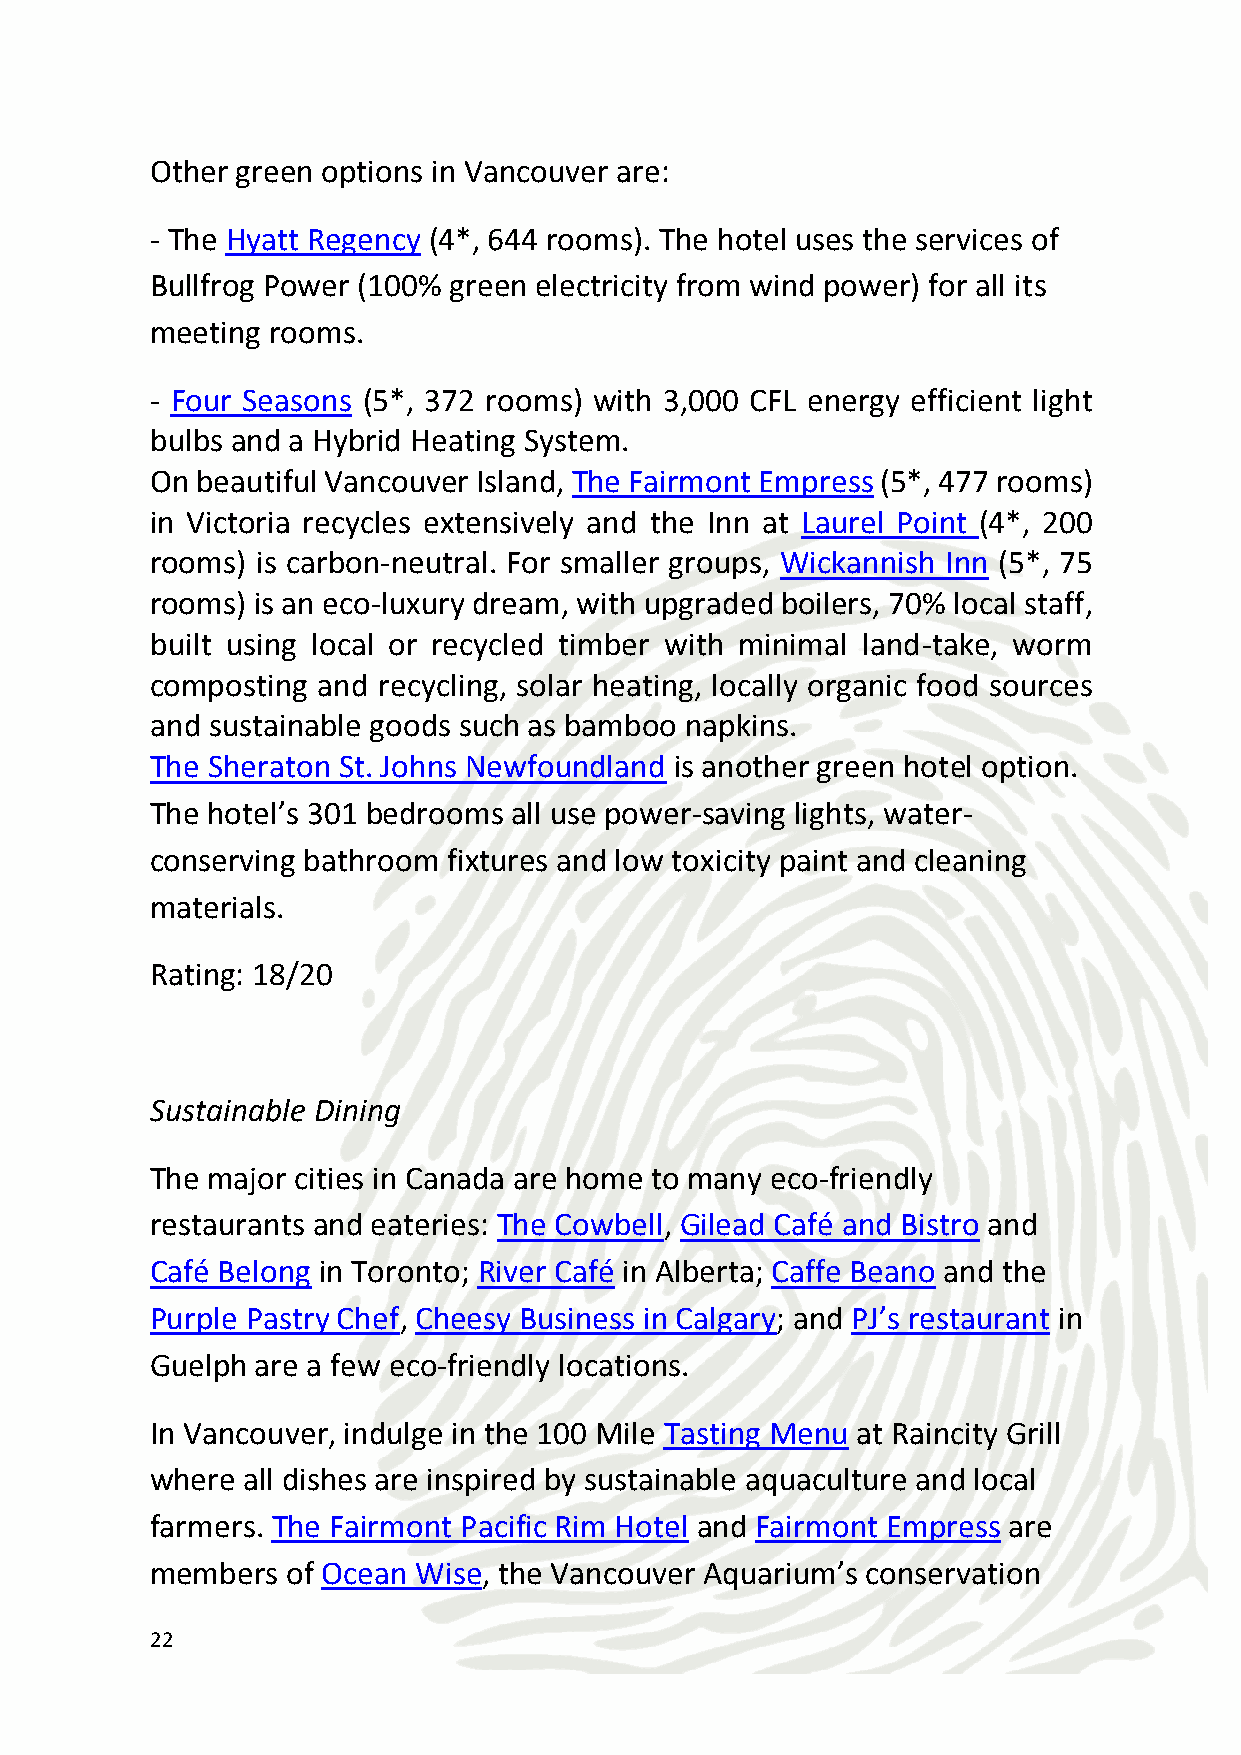
program created to educate and empower consumers about the
 issues surrounding sustainable seafood. Wherever possible, the
 hotel serves Ocean Wise seafood. The Fairmont Pacific Rim is also
 committed to purchasing local, organic, Fair Trade and sustainable
 food products wherever possible, including utilizing organic or
 biodynamic wines, local purveyors and on-site herb gardens. The
 hotel’s culinary operation operates a ‘fully scratch’ kitchen
 committed to creating everything in-house.
 The Four Seasons Vancouver has been certified by Green Table, and
 has excellent organic, sustainable cuisine.
 Aside from incorporating local farmers menus, The Whistler
 Conference Centre does not used bottled water in any of its set ups
 and only upon request by its clients. In addition, all conference
 materials are electronic; all preconference meetings take place on
 laptops – no binders, conference packages, thus resulting in a 25%
 reduction in paper consumption.
 Rating 17/20
 Green Meeting Facilities
 Award-winning green meeting facilities are also available in Canada.
 Vancouver’s Convention & Exhibition Centre is an industry leader in
 environmental sustainability; from design stages through to using the
 latest green technologies and the adoption of extensive green
 practices, such as a six acre ‘living roof’, purchasing green power
 from renewable sources, seawater heating and cooling, local
 sustainable wood products used throughout and extensive recycling.
 The Fairmont Pacific Rim in Vancouver’s eco-service provides
 "disposable-free" food and beverage services and recycling stations
 23